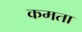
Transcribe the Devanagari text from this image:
कमता